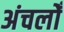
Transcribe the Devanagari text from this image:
अंचलोँ